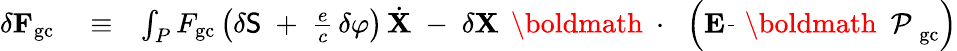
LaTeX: \begin{array}{rlr}{\delta{\mathbf F}_{\mathrm{gc}}}&{{}\equiv}&{\int_{P}F_{\mathrm{gc}}\left(\delta{\sf S}\; +\; \frac{e}{c}\, \delta\varphi\right)\, \dot{\mathbf X}\; -\; \delta{\mathbf X}\, \mathrm{~\boldmath~\cdot~}\, \left({\mathbf E}\frac{}{}\mathrm{~\boldmath~\cal~P~}_{\mathrm{gc}}\right)}\end{array}